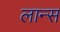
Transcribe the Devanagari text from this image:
लान्‍स